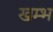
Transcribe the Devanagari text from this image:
खम्‍भ